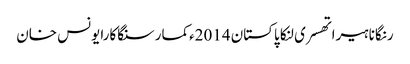
رنگانا ہیراتھسری لنکا پاکستان 2014ءکمار سنگاکارایونس خان